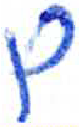
אות: ם